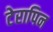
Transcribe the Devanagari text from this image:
टेरापिन